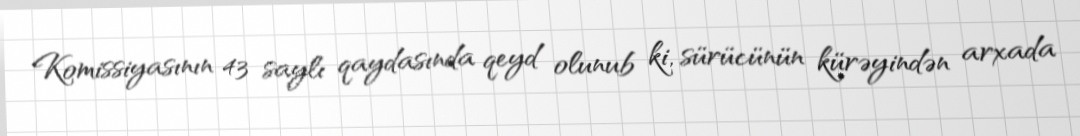
Komissiyasının 43 saylı qaydasında qeyd olunub ki, sürücünün kürəyindən arxada